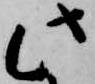
此